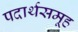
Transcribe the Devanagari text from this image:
पदार्थसमूह